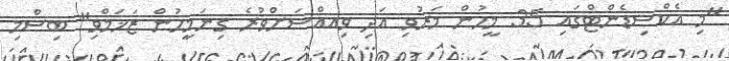
"މި އެކްސިޑެންޓްގައި 35 މީހުން މަރުވި އަދި ވިއއްސަށްވުރެ ގިނަމީހުން ޒަޚަމްވި" ބިސްމި